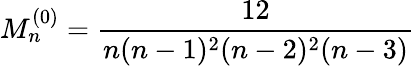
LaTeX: M_{n}^{(0)}=\frac{12}{n(n-1)^{2}(n-2)^{2}(n-3)}